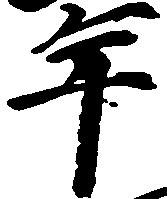
年